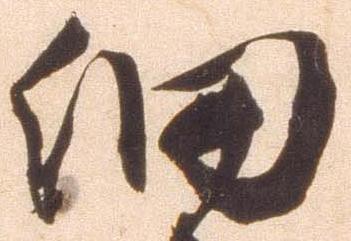
細